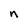
Character: n